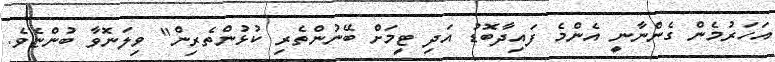
އަހަރުމެން ގެންނާނީ އެންމެ ފައިދާބޮޑު އަދި ޓީމަށް ބޭނުންތެރި ކުޅުންތެރިން" ވިލަނޮވާ ބުންޏެވެ.